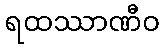
ရထဿာဏီဝ